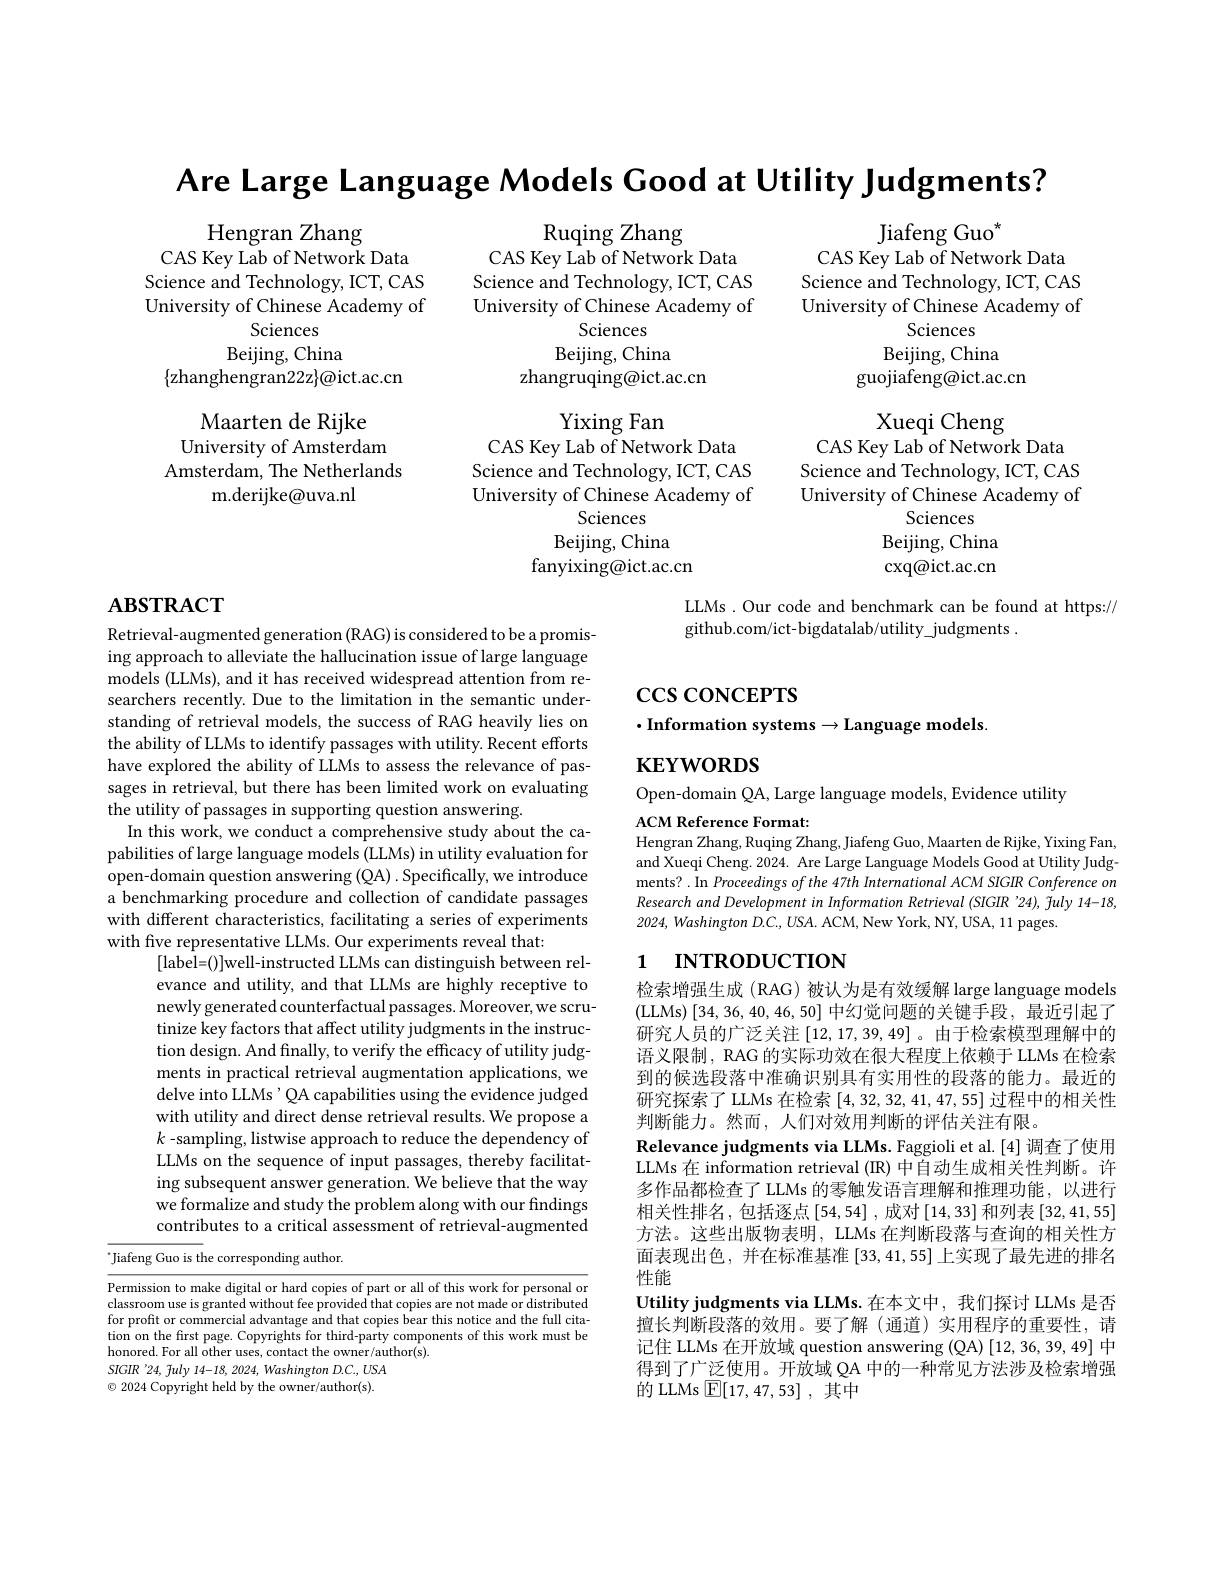
Are Large Language Models Cood at Utility Judgments?

Ruqing Zhang

${\mathrm{Jiafeng~Guo}}^{\star}$
CAS Key Lab of Network Data

Hengran Zhang
CAS Key Lab of Network Data Science and Technology, ICT, CAS University of Chinese Academy of
Sciences
Beijing, China

Science and Technology, ICT, CAS University of Chinese Academy of
Sciences
$\mathop{\mathrm{Beijing,~China}}$
guojiafeng@ict.ac.cn

CAS Key Lab of Network Data Science and Technology, ICT, CAS University of Chinese Academy of
Sciences
Beijing, China
zhangruqing@ict.ac.cn

$\{$zhanghengran22z$\}\textcircled{a}$ict.ac.cn
Maarten de Rijke
University of Amsterdam Amsterdam, The Netherlands
${\mathrm{m.derijke@uva.nl}}$

Xueqi Cheng
CAS Key Lab of Network Data Science and Technology, ICT, CAS University of Chinese Academy of
Sciences
Beijing, China cxq@ ict. ac. cn

Yixing Fan
CAS Key Lab of Network Data Science and Technology, ICT, CAS University of Chinese Academy of
Sciences
Beijing, China
fanyixing@ict.ac.cn

# $\mathbf{ABSTRACT}$

LLMs . Our code and benchmark can be found at https://
github.com/ict-bigdatalab/utility judgments

$\csc\csc$coNCEPTS
$\cdot$Information systems$\to$Language models.

$\mathbf{KEYWORDS}$

Open-domain QA, Large language models, Evidence utility

ACM Reference Format:
Hengran Zhang, Ruqing Zhang, Jiafeng Guo, Maarten de Rijke, Yixing Fan,

and Xueqi Cheng. 2024. Are Large Language Models Good at Utility Judgments? .In Proceedings of the 47th International ACM SIGIR Conference on Research and Development in Information Retrieval (SIGIR '24), fuly 14-18, 2024, Washington D.C., USA. ACM, New York, NY, USA, 11 pages.

Retrieval-augmented generation (RAG) is considered to be a promising approach to alleviate the hallucination issue of large language models (LLMs), and it has received widespread attention from researchers recently. Due to the limitation in the semantic understanding of retrieval models, the success of RAG heavily lies on the ability of LLMs to identify passages with utility. Recent efforts have explored the ability of LLMs to assess the relevance of passages in retrieval, but there has been limited work on evaluating the utility of passages in supporting question answering.
In this work, we conduct a comprehensive study about the capabilities of large language models (LLMs) in utility evaluation for open-domain question answering (QA) . Specifically, we introduce a benchmarking procedure and collection of candidate passages with different characteristics, facilitating a series of experiments with five representative LLMs. Our experiments reveal that:
[label=()]well-instructed LLMs can distinguish between relevance and utility, and that LLMs are highly receptive to newly generated counterfactual passages. Moreover, we scrutinize key factors that affect utility judgments in the instruction design. And finally, to verify the efficacy of utility judgments in practical retrieval augmentation applications, we delve into LLMs' QA capabilities using the evidence judged with utility and direct dense retrieval results. We propose a $k$ -sampling, listwise approach to reduce the dependency of LLMs on the sequence of input passages, thereby facilitating subsequent answer generation. We believe that the way we formalize and study the problem along with our findings contributes to a critical assessment of retrieval-augmented
$^{*}$Jiafeng Guo is the corresponding author.

# 1 INTRODUCTION

检索增强生成 (RAG) 被认为是有效缓解 large language models (LLMs)[34,36,40,46,50]中幻觉问题的关键手段，最近引起了研究人员的广泛关注$\left[12,17,39,49\right]$。由于检索模型理解中的语义限制，RAG 的实际功效在很大程度上依赖于 LLMs 在检索到的候选段落中准确识别具有实用性的段落的能力。最近的研究探索了 LLMs 在检索[4,32,32,41,47,55]过程中的相关性判断能力。然而，人们对效用判断的评估关注有限。
Relevance judgments via LLMs. Faggioli et al. [4] 调查了使用LLMs 在 information retrieval (R) 中自动生成相关性判断。许多作品都检查了 LLMs 的零触发语言理解和推理功能，以进行相关性排名，包括逐点[54,54],成对[14,33]和列表[32,41,55] 方法。这些出版物表明，LLMs 在判断段落与查询的相关性方面表现出色，并在标准基准[33,41,55]上实现了最先进的排名性能
Utility judgments via LLMs.在本文中，我们探讨 LLMs 是否擅长判断段落的效用。要了解 (通道)实用程序的重要性，请记住 LLMs 在开放域 question answering (QA) [12,36,39,49] 中得到了广泛使用。开放域 QA 中的一种常见方法涉及检索增强的 LLMs $\boxed{\mathrm{E}}[17,47,53]$,其中

Permission to make digital or hard copies of part or all of this work for personal or classroom use is granted without fee provided that copies are not made or distributed classroom use is granted without fee provided that copies are not made or distributed cher for profit or commercial advantage and that copies bear this notice and the full citation on the first page. Copyrights for third-party components of this work must be honored. For all other uses, contact the owner/author(s)
$SIGIR$ '24, fuly 14-18, 2024, Washington D.C., USA $\odot$ 2024 Copyright held by the owner/author(s).